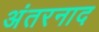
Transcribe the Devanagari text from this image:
अंतरनाद